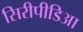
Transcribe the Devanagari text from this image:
सिरीपीडिआ